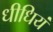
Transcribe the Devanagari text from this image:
धीधियं